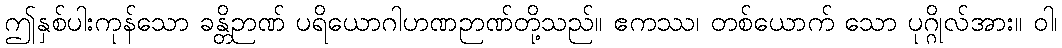
ဤနှစ်ပါးကုန်သော ခန္တိဉာဏ် ပရိယောဂါဟဏဉာဏ်တို့သည်။ ဧကဿ၊ တစ်ယောက် သော ပုဂ္ဂိုလ်အား။ ဝါ၊